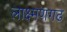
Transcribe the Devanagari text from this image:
लाक्ष्मणगढ